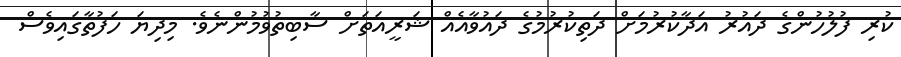
ކުރި ފުލުހުންގެ ދައުރު އަދާކުރުމަށް ދަތިކުރުމުގެ ދައުވާއެއް ޝަރީއަތަށް ސާބިތުވުމުންނެވެ. މިދިޔަ ހަފުތާގައިވެސް